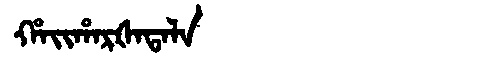
Manchu: ᡥᠠᡳᡥᠠᡵᡧᠠᡨᠠᠯᠠ
Romanization: HAIHARŠATALA